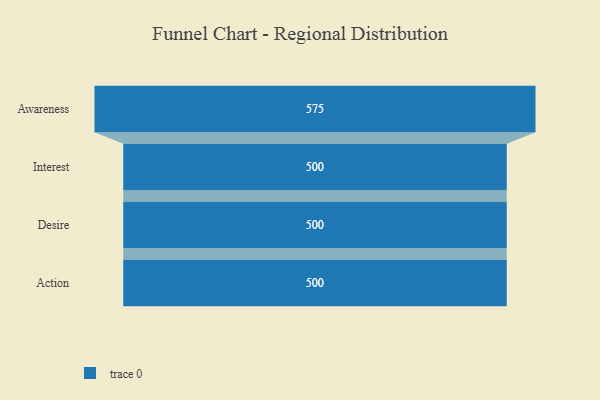
{"axis": {"x": "Stage", "y": "Value"}, "legend": [""], "data": [{"x": "Awareness", "y": 575.0, "type": ""}, {"x": "Interest", "y": 500, "type": ""}, {"x": "Desire", "y": 500, "type": ""}, {"x": "Action", "y": 500, "type": ""}]}